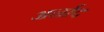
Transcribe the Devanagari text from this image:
अर्नाद